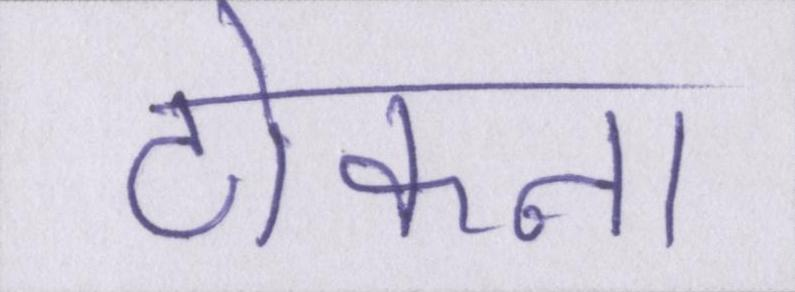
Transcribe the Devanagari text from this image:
ठोकना